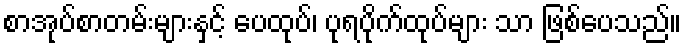
စာအုပ်စာတမ်းများနှင့် ပေထုပ်၊ ပုရပိုက်ထုပ်များ သာ ဖြစ်ပေသည်။